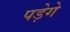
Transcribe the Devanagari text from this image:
पड़ेगे